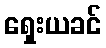
ရှေးယခင်